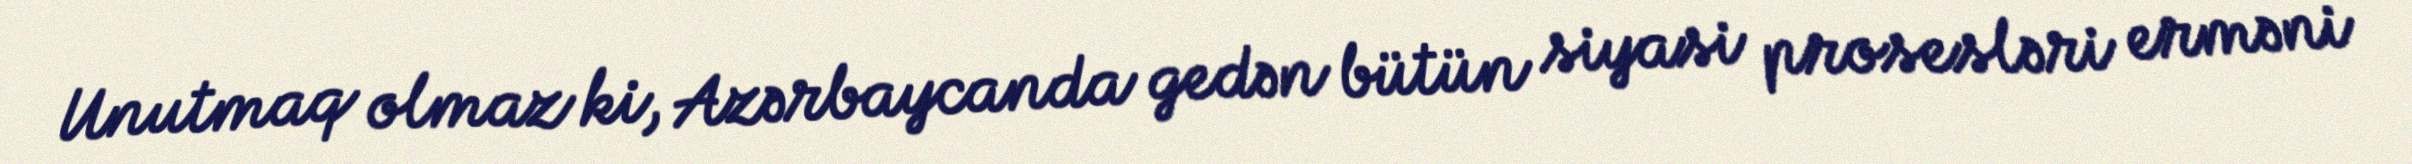
Unutmaq olmaz ki, Azərbaycanda gedən bütün siyasi prosesləri erməni